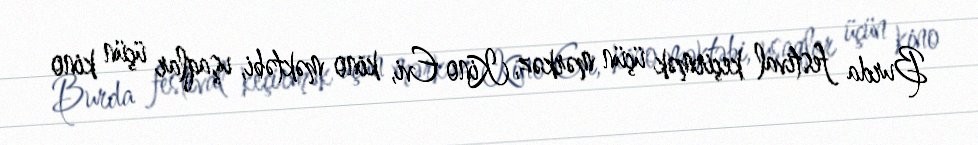
Burda festival keçirmək üçün mərkəz, Kino Evi, kino məktəbi, uşaqlar üçün kino